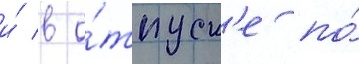
и́ в о́тпуск'е по́